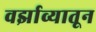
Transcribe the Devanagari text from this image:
वर्झाव्यातून